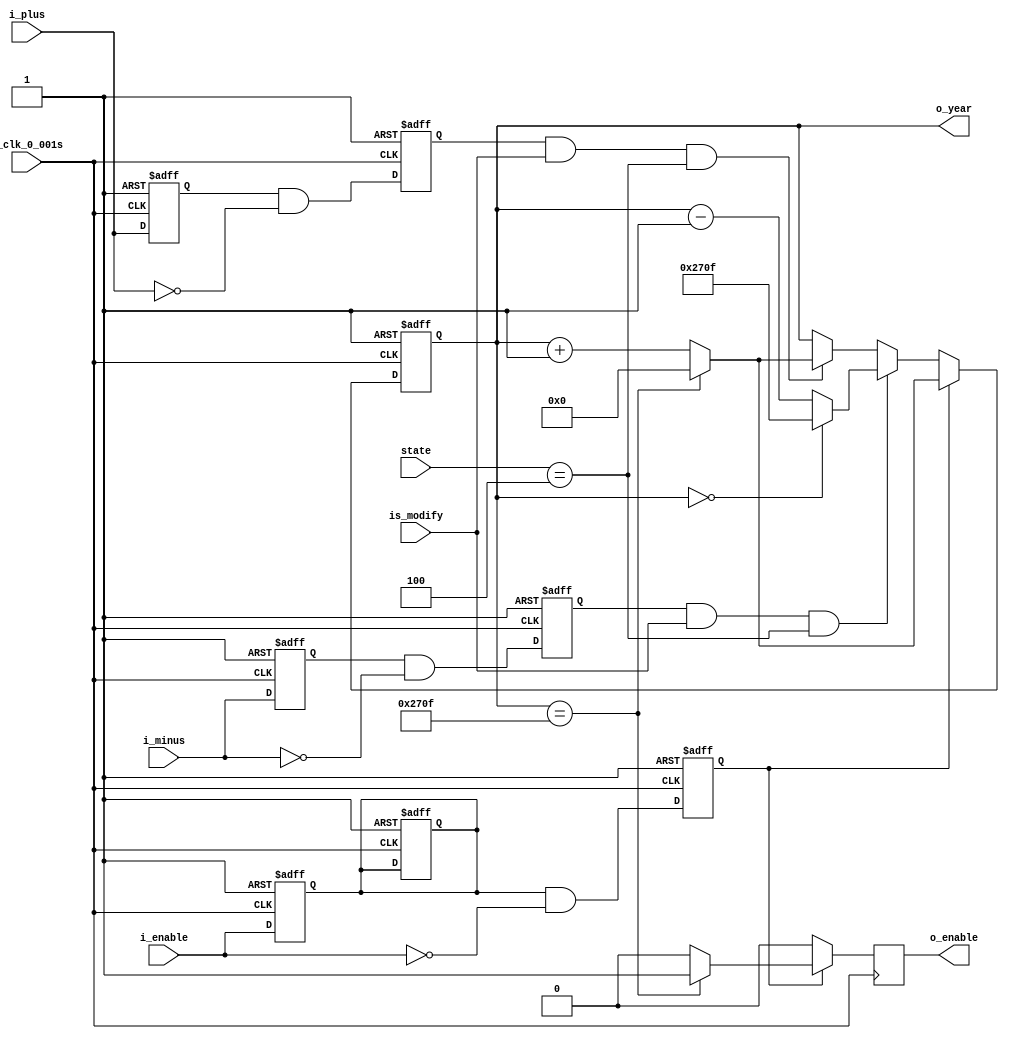
`timescale 1ns / 1ps
//////////////////////////////////////////////////////////////////////////////////
// Company: 
// Engineer: 
// 
// Design Name: 
// Module Name: year
// Project Name: 
// Target Devices: 
// Tool Versions: 
// Description: 
// 
// Dependencies: 
// 
// Revision:
// Revision 0.01 - File Created
// Additional Comments:
// 
//////////////////////////////////////////////////////////////////////////////////


module year(
    input [4:0] state,
    input is_modify,
    input i_plus,
    input i_minus,
    input i_enable,
    input i_clk_0_001s,
    output reg o_enable,
    output reg[14:0] o_year
    );
    
    wire reset = 1;
    
    reg r_enable = 0;
    reg r_enable_falling = 0;
    
    initial
    begin
        o_year <= 2018;
        o_enable <= 0;
    end
    
//**************** Calculate the  r_enable_falling ****************//  
  
    always @(posedge i_clk_0_001s, negedge reset)
    begin
        if (reset == 0)
        begin
            r_enable <= 0;
            r_enable_falling <= 0;
        end
        else
        begin
            r_enable <= i_enable;
            r_enable_falling <= r_enable & (~i_enable);
        end
    end    
//**************** Calculate the  r_plus_falling ****************//  
    
    reg r_plus = 0;
    reg r_plus_falling = 0;

    always @(posedge i_clk_0_001s, negedge reset)
    begin
        if (reset == 0)
        begin
            r_plus <= 0;
            r_plus_falling <= 0;
        end
        else
        begin
            r_plus <= i_plus;
            r_plus_falling <= r_plus & (~i_plus);
        end
    end    

//**************** Calculate the  r_minus_falling ****************//
    
    reg r_minus = 0;
    reg r_minus_falling = 0;
    
    always @(posedge i_clk_0_001s, negedge reset)
    begin
        if (reset == 0)
        begin
            r_minus <= 0;
            r_minus_falling <= 0;
        end
        else
        begin
            r_minus <= i_minus;
            r_minus_falling <= r_minus & (~i_minus);
        end
    end        
    
    
    
//************************ Set the minute *******************************//    
    
    
    always @(posedge i_clk_0_001s, negedge reset)
    begin
        if (reset == 0)
        begin
            o_year <= 0;
            r_enable <= 0;
        end
        else
        begin
            if (r_enable_falling == 1)
            begin
                if (o_year == 9999)
                begin
                    o_year <= 0;
                    o_enable <= 1;
                end
                else
                begin
                    o_year <= o_year + 1;
                    o_enable <= 0;
                end
            end
            else if (r_minus_falling == 1 && is_modify == 1 && state == 4)
            begin
                if (o_year == 0)
                    o_year <= 9999;
                else
                    o_year <= o_year - 1;
                o_enable <= 0;
            end
            else if (r_plus_falling == 1 && is_modify == 1 && state == 4)
            begin
                if (o_year == 9999)
                    o_year <= 0;
                else
                    o_year <= o_year + 1;
                o_enable <= 0;
            end
            else
            begin
                o_year <= o_year;
                o_enable <= 0;
            end
        end    
    end
    
endmodule